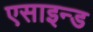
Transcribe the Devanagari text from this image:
एसाइन्ड